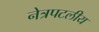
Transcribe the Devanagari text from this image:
नेत्रपटलीय